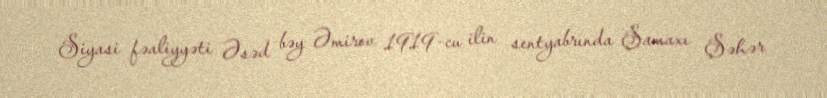
Siyasi fəaliyyəti Əsəd bəy Əmirov 1919-cu ilin sentyabrında Şamaxı Şəhər